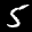
Label: 5